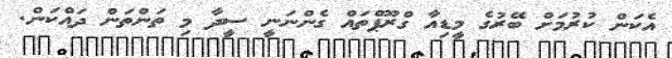
އެކަން ކުރުމަށް ބޭރުގެ މީޑިއާ ގްރޫޕްތައް ގެންނަނީ ސީދާ މި ތަންތަން ދައްކަން.